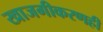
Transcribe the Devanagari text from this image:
खाजगीकरणही